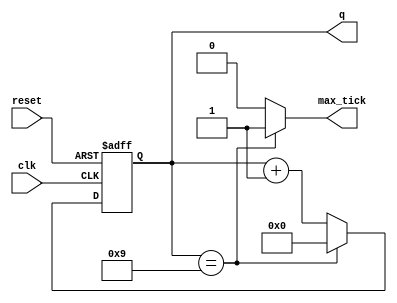
`timescale 1ns / 1ps

//Ejemplo obtenido de la seccion 4.3.2 del libro FPGA Prototyping by Verilog examples
//Listado 4.11

module baud_rate_generator 
    #(
        parameter N = 4, M = 10 //M = clock / (16 * baud rate)
    )(
        input wire clk, reset,
        output wire max_tick,
        output wire [N-1 : 0] q
    );

    reg [N-1 : 0] r_reg;
    wire [N-1 : 0] r_next;

    always @(posedge clk, posedge reset)
        if (reset)
            r_reg <= 0;
        else
            r_reg <= r_next;

    assign r_next = (r_reg == (M-1))? 0 : r_reg + 1;

    assign q = r_reg;
    assign max_tick = (r_reg == M-1) ? 1'b1 : 1'b0;
endmodule